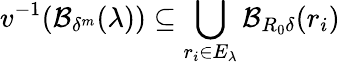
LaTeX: v^{-1}(\mathcal{B}_{\delta^{m}}(\lambda))\subseteq\bigcup_{r_{i}\in E_{\lambda}}\mathcal{B}_{R_{0}\delta}(r_{i})